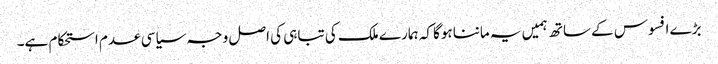
بڑے افسوس کے ساتھ ہمیں یہ ماننا ہوگا کہ ہمارے ملک کی تباہی کی اصل وجہ سیاسی عدم استحکام ہے۔